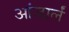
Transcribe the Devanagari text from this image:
आंजार्लं